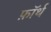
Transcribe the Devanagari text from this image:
फ़ाॅर्थ